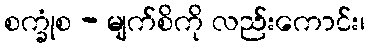
စက္ခုံစ - မျက်စိကို လည်းကောင်း၊